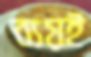
ব্যয়ই